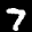
Label: 7